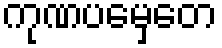
ကုဏပမှေတေ